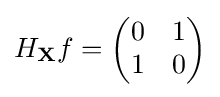
H_{\mathbf {X} }f={\begin{pmatrix}0&1\\1&0\end{pmatrix}}